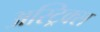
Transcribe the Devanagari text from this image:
अस्ट्रिक्स